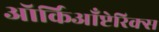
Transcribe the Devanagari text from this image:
ऑर्किआँप्टेरिक्स